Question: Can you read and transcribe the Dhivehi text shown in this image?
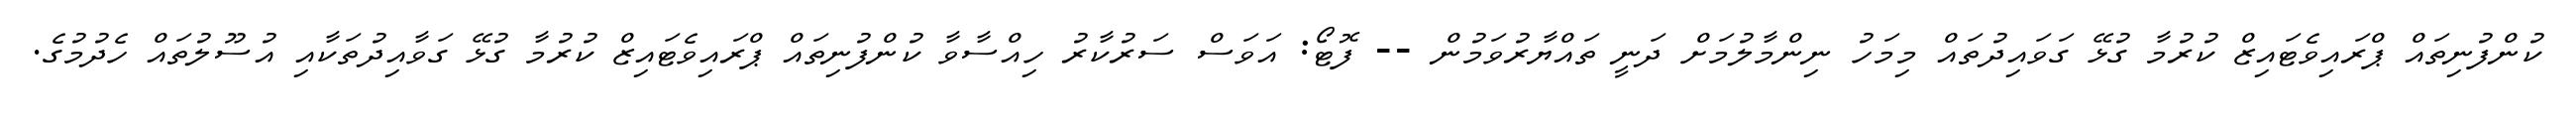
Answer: ކުންފުނިތައް ޕްރައިވެޓައިޒް ކުރުމާ ގުޅޭ ގަވައިދުތައް މިމަހު ނިންމާލުމަށް ދަނީ ތައްޔާރުވަމުން -- ފޮޓޯ: އަވަސް ސަރުކާރު ހިއްސާވާ ކުންފުނިތައް ޕްރައިވެޓައިޒް ކުރުމާ ގުޅޭ ގަވާއިދުތަކާއި އުސޫލުތައް ހެދުމުގެ.